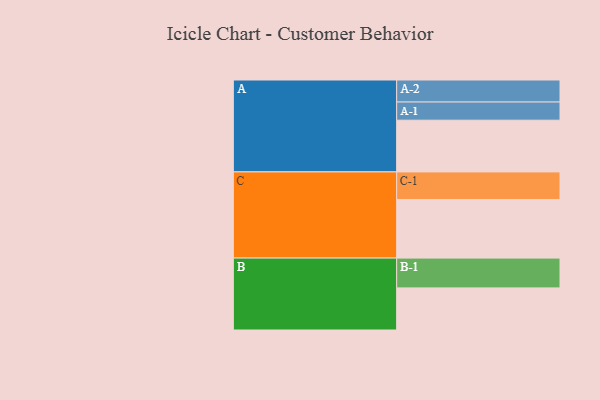
{"axis": {"x": "Segment", "y": "Value"}, "legend": ["", "A", "B", "C"], "data": [{"x": "A", "y": 512, "type": ""}, {"x": "B", "y": 417, "type": ""}, {"x": "C", "y": 580, "type": ""}, {"x": "A-1", "y": 180, "type": "A"}, {"x": "A-2", "y": 218, "type": "A"}, {"x": "B-1", "y": 295, "type": "B"}, {"x": "C-1", "y": 273, "type": "C"}]}